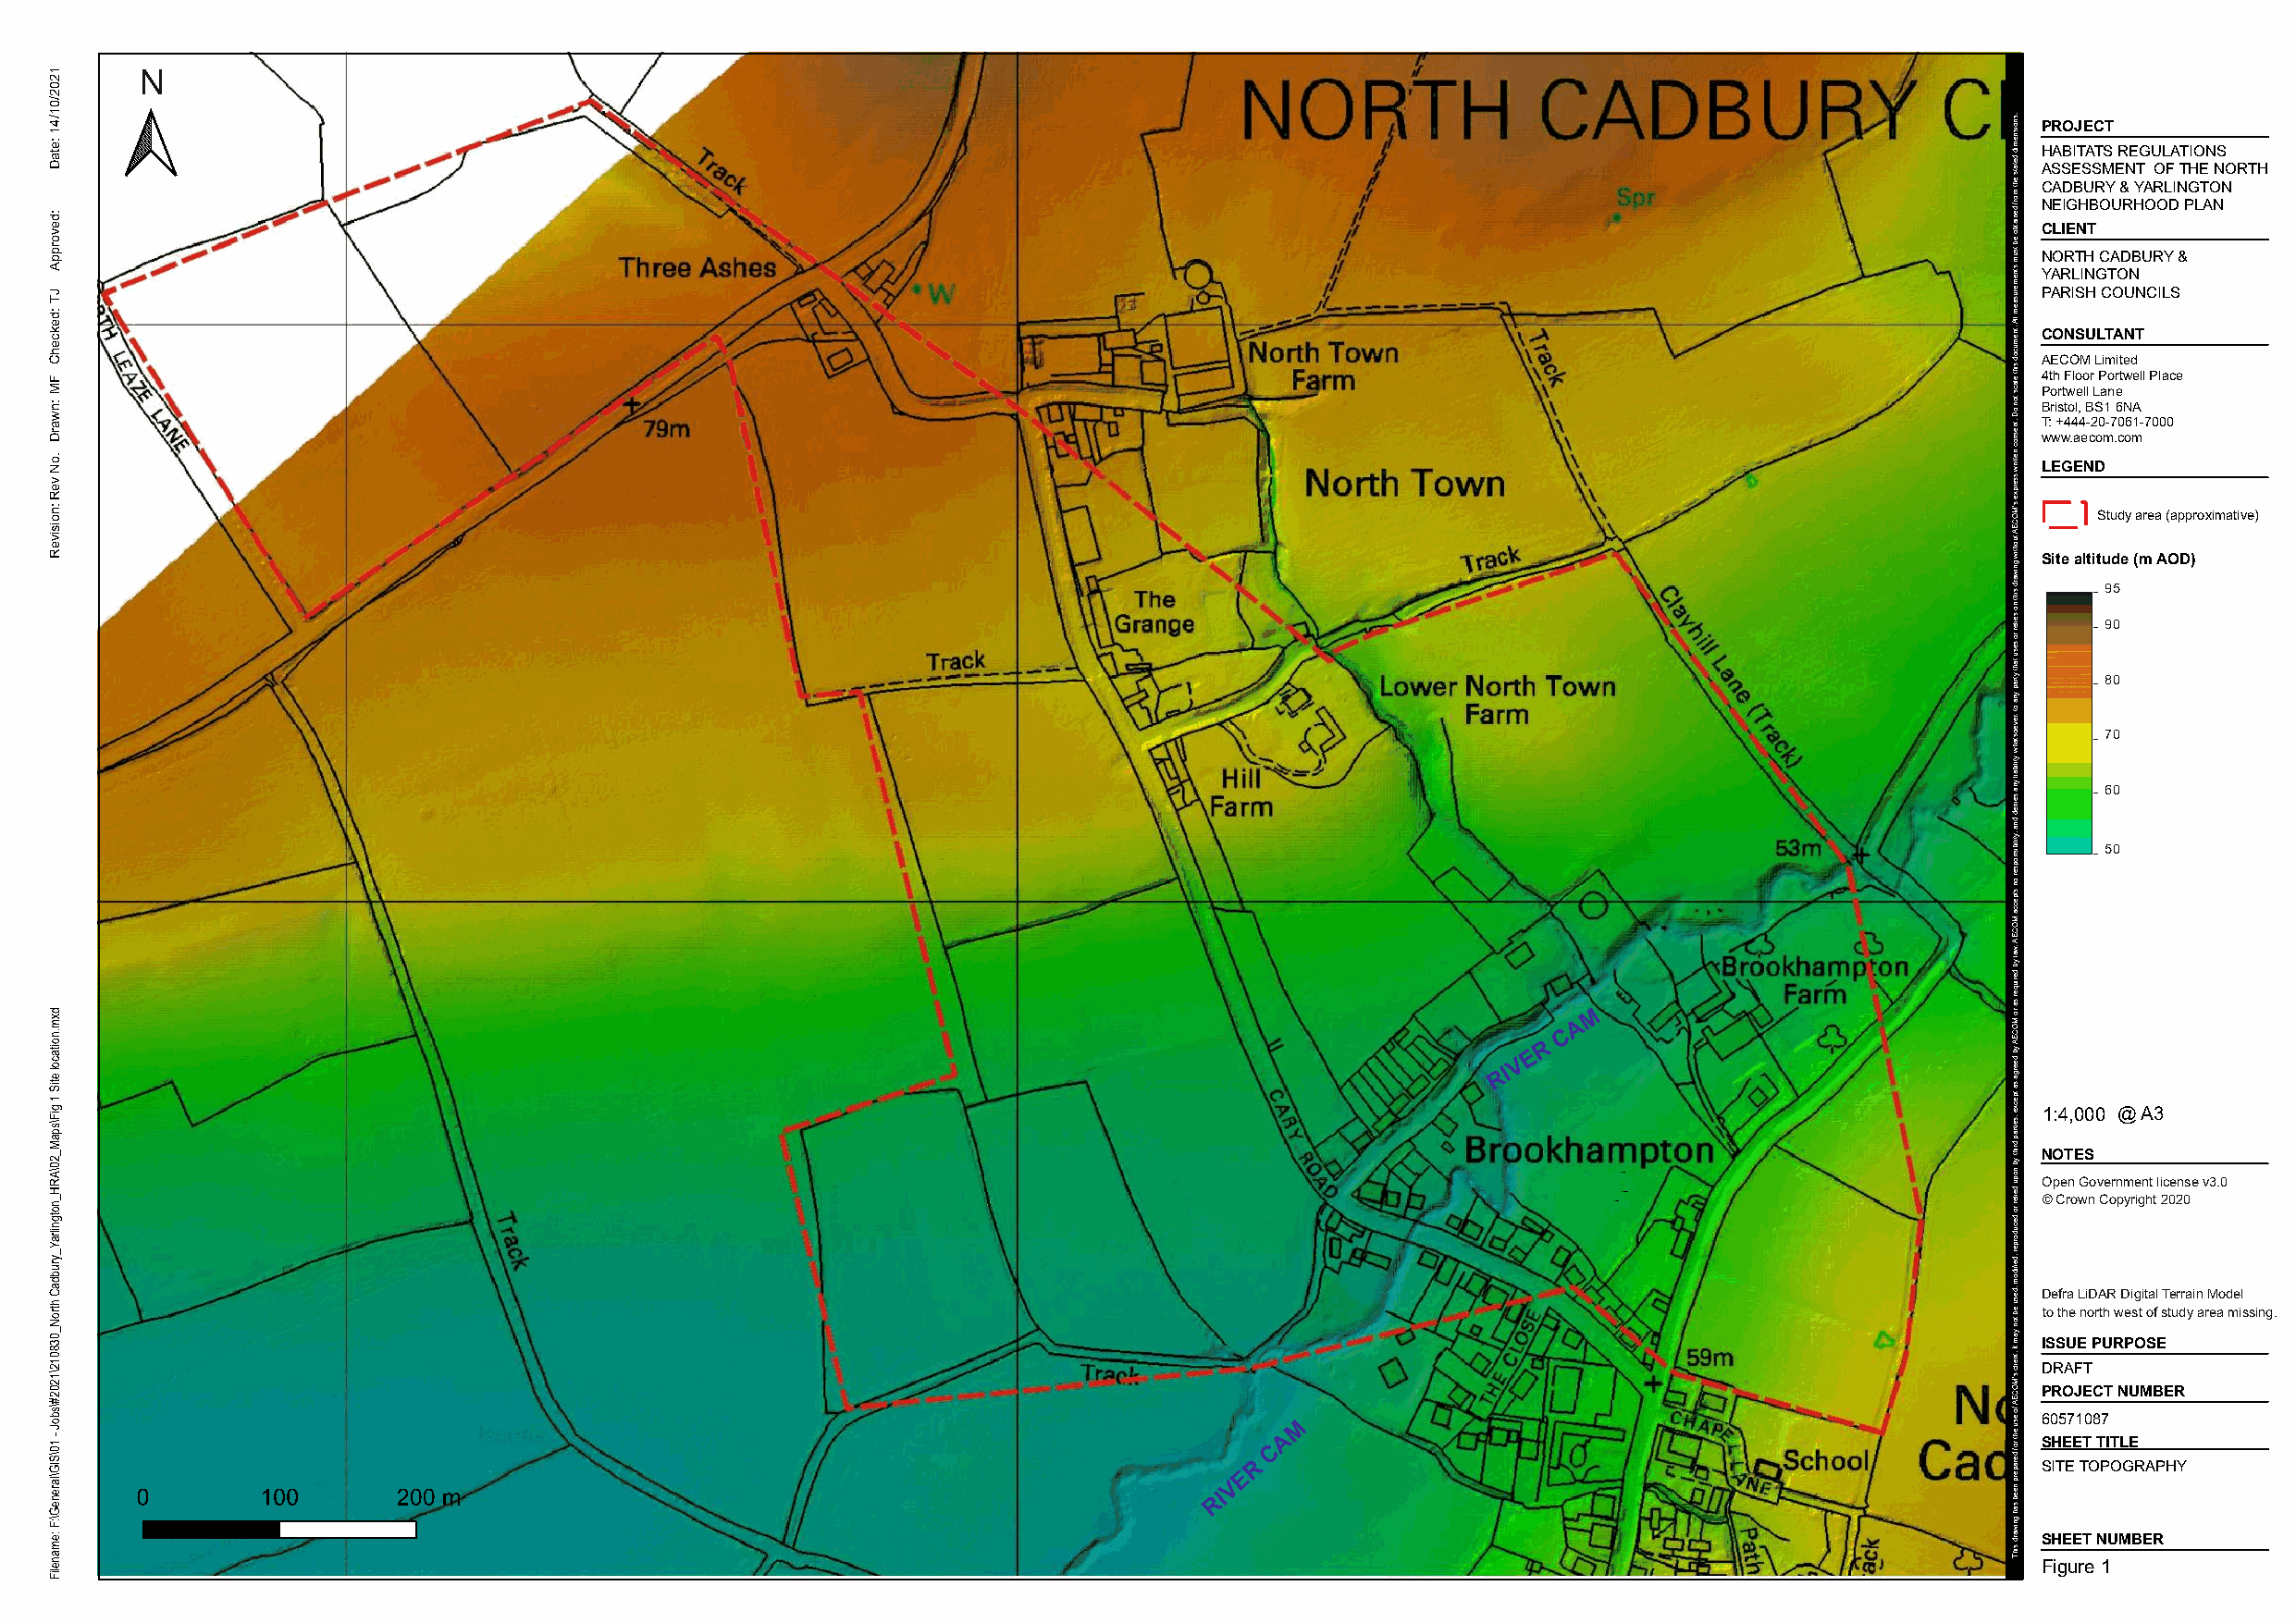
N
 PROJECT
 HABITATS REGULATIONS
 ASSESSMENT OF THE NORTH
 CADBURY & YARLINGTON
 NEIGHBOURHOOD PLAN
 CLIENT
 NORTH CADBURY &
 YARLINGTON
 PARISH COUNCILS
 CONSULTANT
 AECOM Limited
 4th Floor Portwell Place
 Portwell Lane
 Bristol, BS1 6NA
 T: +444-20-7061-7000
 www.aecom.com
 LEGEND
 Study area (approximative)
 Site altitude (m AOD)
 95
 90
 80
 70
 60
 50
 M
 A
 C
 R
 E
 V
 RI
 1:4,000 @ A3
 NOTES
 NCY14                         Open Government license v3.0
 NCY1 NCY17/22           © Crown Copyright 2020
 NCY18
 Defra LiDAR Digital Terrain Model
 to the north west of study area missing.
 ISSUE PURPOSE
 DRAFT
 PROJECT NUMBER
 M                                                    60571087
 A                                                     SHEET TITLE C
 R                                                       SITE TOPOGRAPHY
 E
 V RI
 SHEET NUMBER
 Figure 1
 1202/01/41
 :etaD
 :devorppA
 JT:dekcehC
 FM:nwarD
 .oN
 veR:noisiveR
 dxm.noitacol
 etiS
 1
 giF\spaM_20\ARH_notgnilraY_yrubdaC
 htroN_038012\1202#\sboJ
 - 10\SIG\lareneG\:F
 :emaneliF
 .snoisnemid
 detats
 eht
 morf
 deniatbo
 eb
 tsum
 stnemerusaem
 llA
 .tnemucod
 siht
 elacs
 ton
 oD
 .tnesnoc
 nettirw
 sserpxe
 s'MOCEA
 tuohtiw
 gniward
 siht
 no
 seiler
 ro
 sesu
 taht
 ytrap
 yna
 ot
 ,reveostahw
 ytilibail
 yna
 seined
 dna
 ,ytilibisnopser
 on
 stpecca
 MOCEA
 .wal
 yb
 deriuqer
 sa
 ro
 MOCEA
 yb
 deerga
 sa
 tpecxe
 ,seitrap
 driht
 yb
 nopu
 deiler
 ro
 decudorper
 ,defiidom
 ,desu
 eb
 ton
 yam
 tI
 .tneilc
 s'MOCEA
 fo esu
 eht rof
 deraperp
 neeb
 sah
 gniward
 sihT